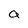
Character: a